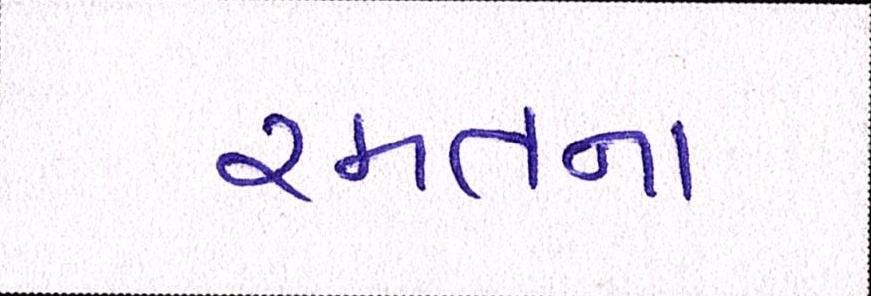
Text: રમતના